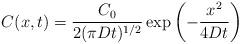
LaTeX: \begin{align*}C(x,t)=\frac{C_{0}}{2(\pi Dt)^{1/2}}\exp \left( -\frac{x^{2}}{4Dt}\right)\end{align*}